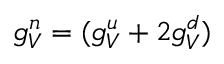
g _ { V } ^ { n } = ( g _ { V } ^ { u } + 2 g _ { V } ^ { d } )